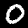
Label: 0